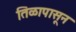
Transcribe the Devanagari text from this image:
तिळापासून